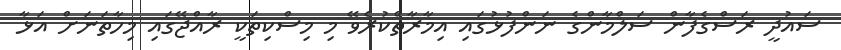
ސައުދީ ރަސްގެފާން ސަލްމާންގެ ނަންފުޅުގައި އިމާރާތްކުރެވޭ މި މިސްކިތަކީ ރާއްޖޭގައި މިހާތަނަށް އަޅާ